Statistical return of the lunatic asylum in Assam - 1912-1932
Year: 1912
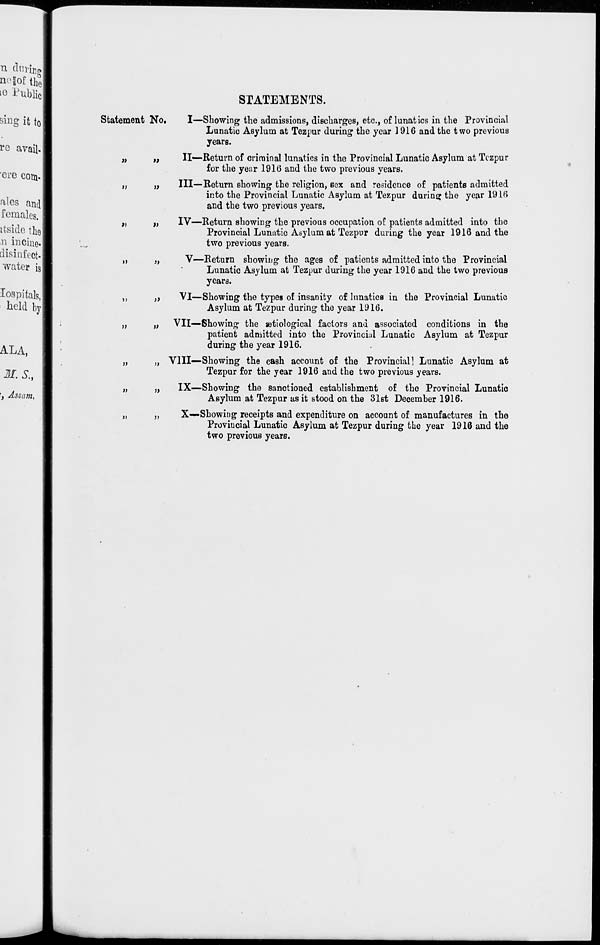
n i Jof the!
'o Public!
sing it to 1
Statement No.
re avail. I
n
a
ere com-1
t)
»
ales and!
females. 1
itside the!
II
»
n incine.1
disinfect-!
water iJ
JI
a
Iospitals,!
held by!
»
i>
'
n
t)
ALA, 1
'
n
»
M.S., 1
', Assam, I
»
)>
»
STATEMENTS.
I—Showing the admissions, discharges, etc., of lunatics in the Provincial
Lunatic Asylum at Tezpur during the year 1916 and the two previous
years.
II—Return of criminal lunatics in the Provincial Lunatic Asylum at Tczpur
for the year 1916 and the two previous years.
Ill—Return showing the religion, sex and residence of patients admitted
into the Provincial Lunatic Asylum at Tezpur during the year 1916
and the two previous years.
IV—Return showing the previous occupation of patients admitted into the
Provincial Lunatic Asylum at Tezpur during the year 1916 and the
two previous years.
V—Return showing the ages of patients admitted into the Provincial
Lunatic Asylum at Tezpur during the year 1916 and the two previous
years.
VI—Showing the types of insanity of lunatics in the Provincial Lunatic
Asylum at Tezpur during the year 1916.
VII—Showing the setiological factors and associated conditions in the
patient admitted into the Provincial Lunatic Asylum at Tezpur
during the year 1916.
VIII—Showing the cash account of the Provincial] Lunatic Asylum at
Tezpur for the year 1916 and the two previous years.
IX—-Showing the sanctioned establishment of the Provincial Lunatic
Asylum at Tezpur as it stood on the 31st December 1916.
„
X—Showing receipts and expenditure on account of manufactures in the
Provincial Lunatic Asylum at Tezpur during the year 1916 and the
two previous years.